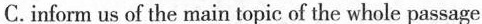
C.inform us of the main topic of the whole passage